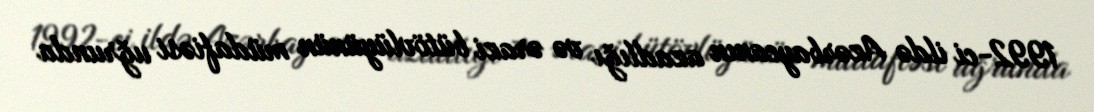
1992-ci ildə Azərbaycanın azadlığı və ərazi bütövlüyünün müdafiəsi uğrunda